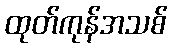
ထုတ်ကုန်အသစ်